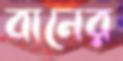
বানের